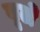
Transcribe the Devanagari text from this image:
वूले